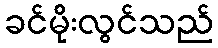
ခင်မိုးလွင်သည်